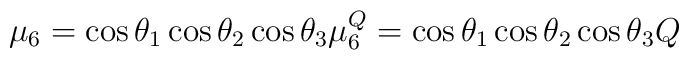
\mu_{6} = \cos \theta_1 \cos \theta_2 \cos \theta_3 \mu \sp Q_6 =\cos \theta_1 \cos \theta_2 \cos \theta_3 Q